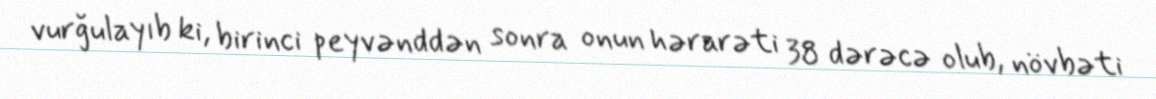
vurğulayıb ki, birinci peyvənddən sonra onun hərarəti 38 dərəcə olub, növbəti